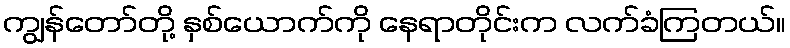
ကျွန်တော်တို့ နှစ်ယောက်ကို နေရာတိုင်းက လက်ခံကြတယ်။